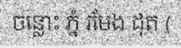
ចន្លោះ ភ្នំ រមែង ដុត (